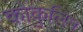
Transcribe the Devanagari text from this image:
कोकुलिम